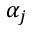
\alpha _ { j }